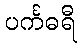
ပင်္ကဓရီ